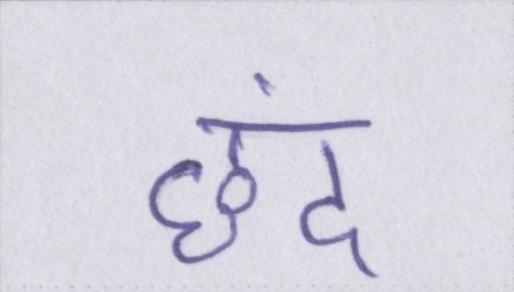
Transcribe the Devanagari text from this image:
छंद